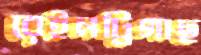
রেইনট্রিগাছ